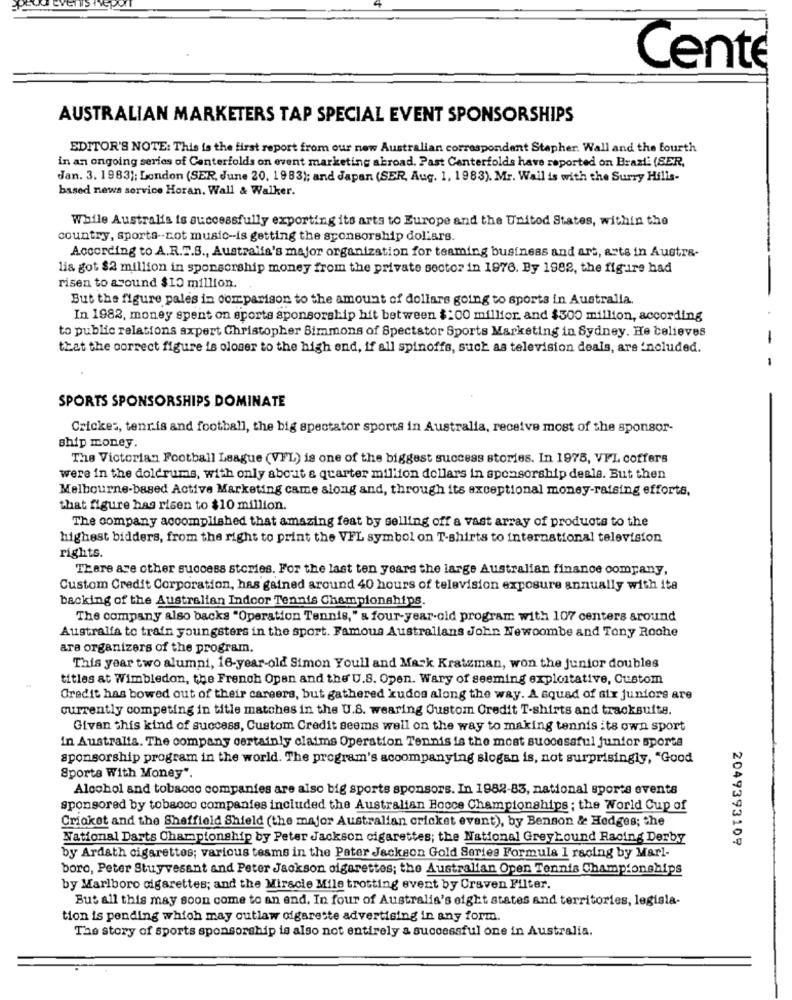
Cente
AUSTRALIAN MARKETERS TAP SPECIAL EVENT SPONSORSHIPS
EDITOR'S NOTE: This is the first report from our new Australian correspondent Stepher. Wall and the fourth
in an ongoing series of Centerfolds on event marketing abroad. Past Centerfolds have reported on Brazi: (SER,
Jan. 3. 1983): London (SER, June 20, 1983); and Japan (SER, Aug. 1, 1983). Mr. Wail is with the Surry Hills-
based news service Horan. Wall & Walker.
While Australis is successfully exporting its arts to Europe and the United States, within the
country, sports -- cot music-is getting the sponsorship dollars.
According to A.R.T.S ., Australia's major organization for teaming business and art, arts in Austra-
lia got $2 million in sponsorship money from the private sector in 1976. By 1982, the figure had
risen to around $10 million.
But the figure pales in comparison to the amount of dollars going to sports in Australia.
In 1982, money spent on sports sponsorship hit between $200 millfor. and $500 million, according
to public relations axpert Christopher Simmons of Spectator Sports Marketing in Sydney. He believes
-
that the correct figure is oloser to the high end, if all spinoffs, such as television deals, are included.
SPORTS SPONSORSHIPS DOMINATE
Crickes, tennis and football, the big spectator sports in Australia, receive most of the sponsor-
ship money.
The Victorian Football League (VFL) is one of the biggest success stories. In 1975, VFL coffers
were in the doldrums, with only abc.it & quarter million dollars in sponsorship deale. But then
Melbourne-based Active Marketing came along and, through its exceptional money-raising efforts.
that figure has risen to $10 million.
The company accomplished that amazing feat by selling off a vast array of products to the
highest bidders, from the right to print the VFL symbol on T-shirts to international television
rights.
There are other success stories. For the last ten years the large Australian finance company,
Custom Credit Corporation, has gained around 40 hours of television exposure annually with ita
backing of the Australian Indoor Tennis Championships.
The company also backs "Operation Tennis," & four-year-old program with 107 centers around
Australfa to train youngsters in the sport. Famous Australians John Newcombe and Tony Roche
are organizers of the program.
This year two alumni, 16-year-old Simon Youll and Mark Kratzman, won the junior doubles
titles at Wimbledon, the French Open and the'U.S. Open. Wary of seeming exploitative, Custom
Credit has bowed out of their careers, but gathered kudos along the way. A squad of six juniors are
currently competing in title matches in the U.S. wearing Custom Credit T-shirts and tracksuite.
Givan this kind of success, Custom Credit seems well on the way to making tennis its own sport
in Australia. The company certainly claims Operation Tennis is the most successful junior sporta
sponsorship program in the world. The program's accompanying slogan is, not surprisingly, "Good
Sports With Money".
Alcohol and tobacco companies are also big sports sponsors. In 1982-83, national sports events
sponsored by tobacco companies included the Australian Bocce Championships ; the World Cup of
Cricket and the Sheffield Shield (the major Australian cricket event), by Benson & Hedges; the
National Darts Championship by Peter Jackson cigarettes; the National Greyhound Racing Derby
2049393109
by Ardath cigarettes; various teams in the Peter Jackson Gold Series Formula 1 racing by Marl-
boro, Peter Stuyvesant and Peter Jackson cigarettes; the Australian Open Tennis Championships
by Marlboro cigarettes; and the Miracle Mile trotting event by Craven Filter.
But all this may soon come to an end. In four of Australia's eight states and territories, legisla-
tion is pending which may outlaw ofgarette advertising in any form.
The story of sports sponsorship is also not entirely a successful one in Australia.